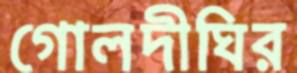
গোলদীঘির